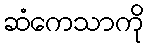
ဆံကေသာကို